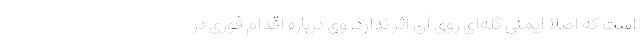
است که اصلا ایمنی گله‌ای روی آن اثر ندارد. وی درباره اقدام فوری در